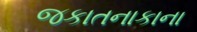
જકાતનાકાના